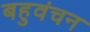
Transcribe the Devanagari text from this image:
बहुवंचन